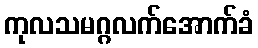
ကုလသမဂ္ဂလက်အောက်ခံ